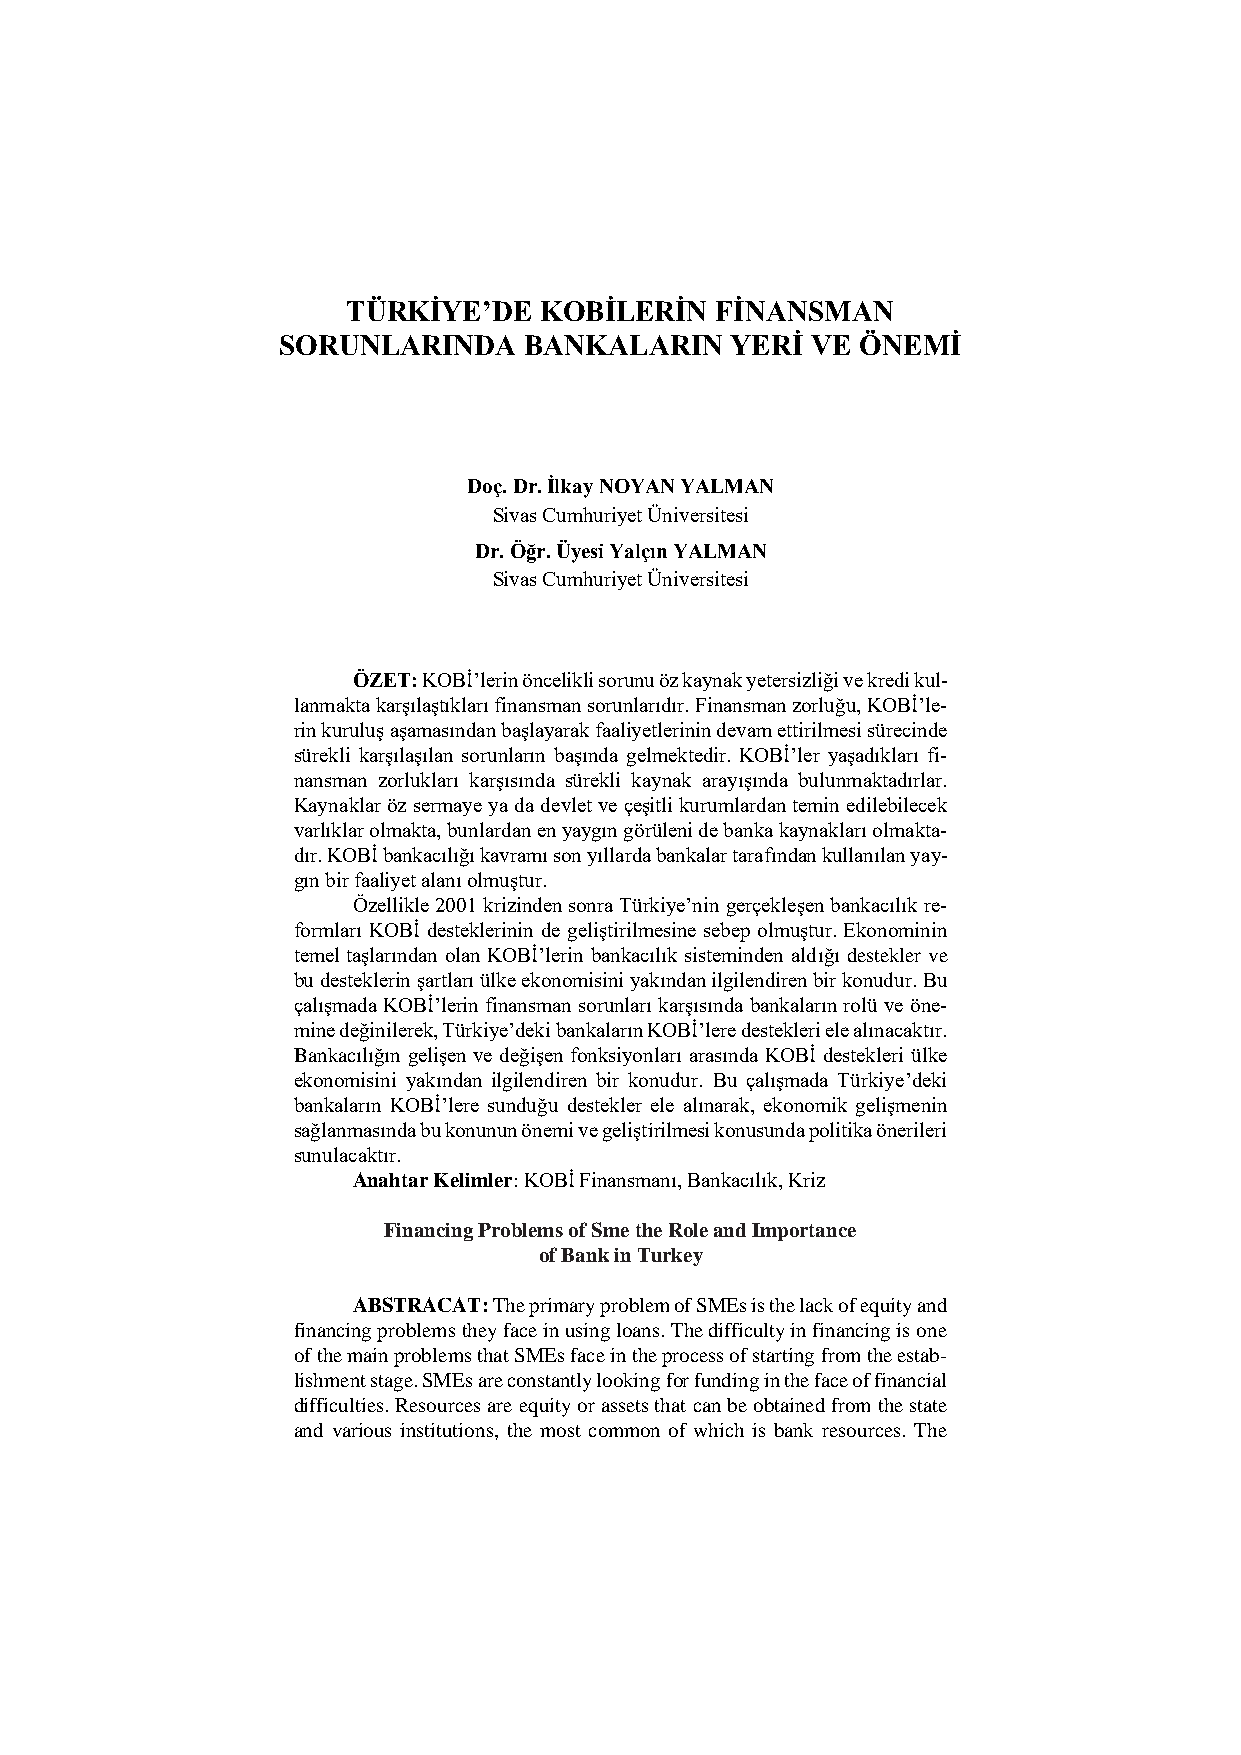
TÜRKİYE’DE   KOBİLERİN  FİNANSMAN
 SORUNLARINDA     BANKALARIN   YERİ  VE ÖNEMİ
 Doç. Dr. İlkay NOYAN YALMAN
 Sivas Cumhuriyet Üniversitesi
 Dr. Öğr. Üyesi Yalçın YALMAN
 Sivas Cumhuriyet Üniversitesi
 ÖZET: KOBİ’lerin öncelikli sorunu öz kaynak yetersizliği ve kredi kul-
 lanmakta karşılaştıkları finansman sorunlarıdır. Finansman zorluğu, KOBİ’le-
 rin kuruluş aşamasından başlayarak faaliyetlerinin devam ettirilmesi sürecinde
 sürekli karşılaşılan sorunların başında gelmektedir. KOBİ’ler yaşadıkları fi-
 nansman zorlukları karşısında sürekli kaynak arayışında bulunmaktadırlar.
 Kaynaklar öz sermaye ya da devlet ve çeşitli kurumlardan temin edilebilecek
 varlıklar olmakta, bunlardan en yaygın görüleni de banka kaynakları olmakta-
 dır. KOBİ bankacılığı kavramı son yıllarda bankalar tarafından kullanılan yay-
 gın bir faaliyet alanı olmuştur.
 Özellikle 2001 krizinden sonra Türkiye’nin gerçekleşen bankacılık re-
 formları KOBİ desteklerinin de geliştirilmesine sebep olmuştur. Ekonominin
 temel taşlarından olan KOBİ’lerin bankacılık sisteminden aldığı destekler ve
 bu desteklerin şartları ülke ekonomisini yakından ilgilendiren bir konudur. Bu
 çalışmada KOBİ’lerin finansman sorunları karşısında bankaların rolü ve öne-
 mine değinilerek, Türkiye’deki bankaların KOBİ’lere destekleri ele alınacaktır.
 Bankacılığın gelişen ve değişen fonksiyonları arasında KOBİ destekleri ülke
 ekonomisini yakından ilgilendiren bir konudur. Bu çalışmada Türkiye’deki
 bankaların KOBİ’lere sunduğu destekler ele alınarak, ekonomik gelişmenin
 sağlanmasında bu konunun önemi ve geliştirilmesi konusunda politika önerileri
 sunulacaktır.
 Anahtar Kelimler: KOBİ Finansmanı, Bankacılık, Kriz
 Financing Problems of Sme the Role and Importance
 of Bank in Turkey
 ABSTRACAT: The primary problem of SMEs is the lack of equity and
 financing problems they face in using loans. The difficulty in financing is one
 of the main problems that SMEs face in the process of starting from the estab-
 lishment stage. SMEs are constantly looking for funding in the face of financial
 difficulties. Resources are equity or assets that can be obtained from the state
 and various institutions, the most common of which is bank resources. The